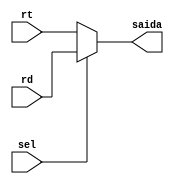
module b5Mux2x1 (
  input wire [4:0] rt,
  input wire [4:0] rd,
  input wire sel,
  output wire [4:0] saida
);
  assign saida = (sel == 1'b0) ? rt : rd;
endmodule